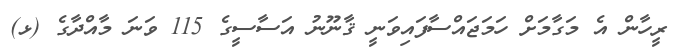
ރީހާން އެ މަގާމަށް ހަމަޖައްސާފައިވަނީ ޤާނޫނު އަސާސީގެ 115 ވަނަ މާއްދާގެ (ޅ)